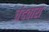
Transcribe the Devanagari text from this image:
चंदवारा